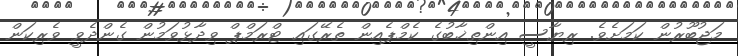
މަޖުބޫރުން ކަމަށެވެ. ރިޔާސީ އިންތިޚާބުގެ ކެމްޕެއިން ތެރޭގައި ޓްރަމްޕް ވިދާޅުވަމުން ގެންދެވީ ވެރިކަން